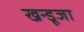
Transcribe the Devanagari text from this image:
खन्डूजा